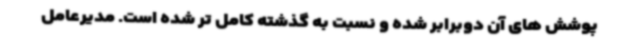
پوشش های آن دوبرابر شده و نسبت به گذشته کامل تر شده است. مدیرعامل